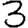
Digit: 3